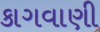
કાગવાણી